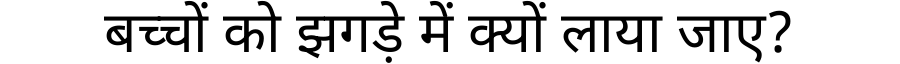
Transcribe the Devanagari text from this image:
बच्चों को झगड़े में क्यों लाया जाए?